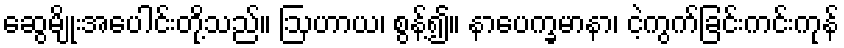
ဆွေမျိုးအပေါင်းတို့သည်။ ဩဟာယ၊ စွန့်၍။ နာပေက္ခမာနာ၊ ငဲ့ကွက်ခြင်းကင်းကုန်